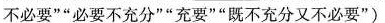
不必要””必要不充分””充要””既不充分又不必要”